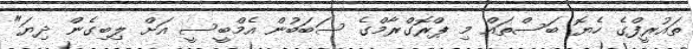
ތައުރީފްގެ ހެޔޮ ބަސްތައް މި ޕްރޮގްރާމްގެ ސަބަބުން އެމްބީސީ އަށް ލިބިގެން ދިޔަ"